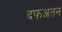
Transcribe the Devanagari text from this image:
दफअतन